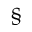
\ \ \ ^ { \S }